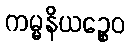
ကမ္မနိယဉ္စေဝ